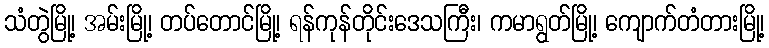
သံတွဲမြို့၊ အမ်းမြို့၊ တပ်တောင်မြို့၊ ရန်ကုန်တိုင်းဒေသကြီး၊ ကမာရွတ်မြို့၊ ကျောက်တံတားမြို့၊